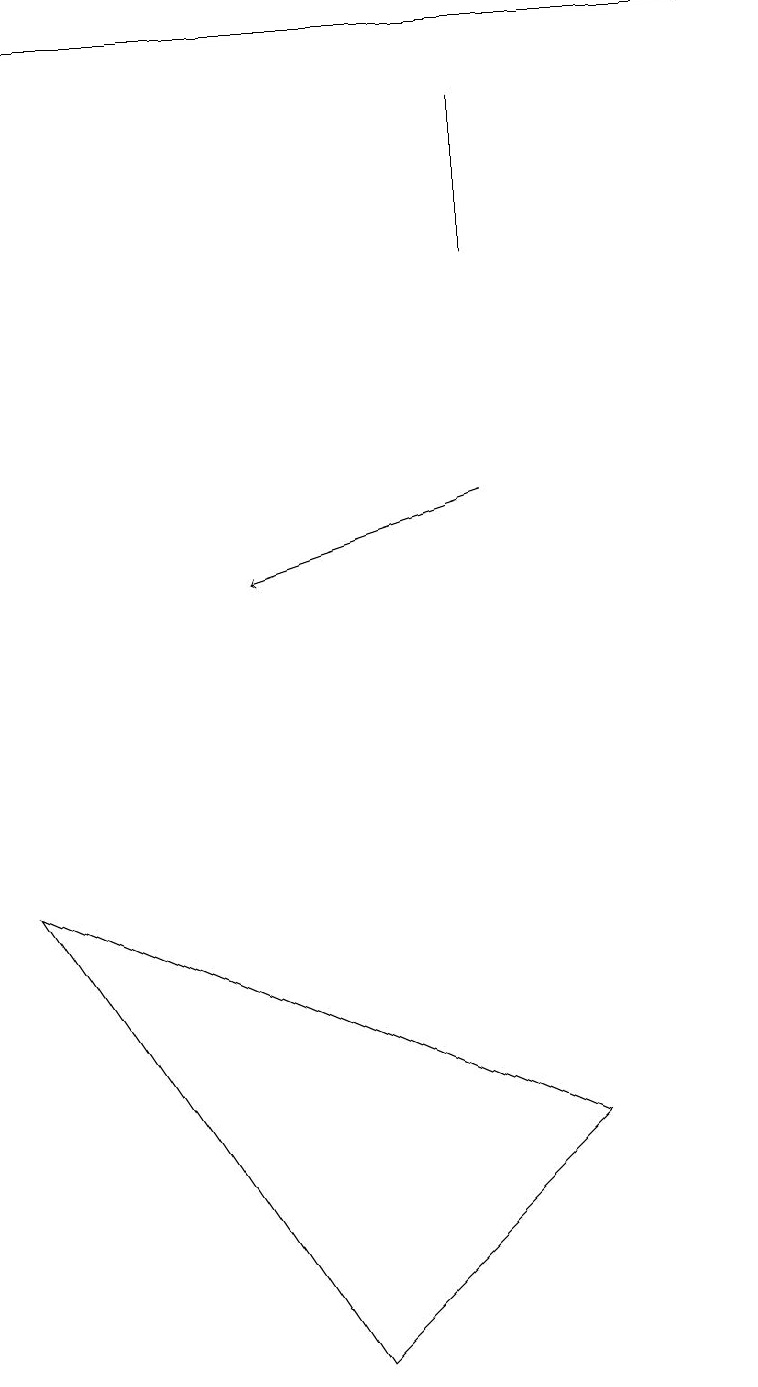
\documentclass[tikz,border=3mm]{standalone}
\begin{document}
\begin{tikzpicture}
\draw (6,18) rectangle (6,16);
\draw[->] (0,19) -- (9,19);
\draw (0,8) -- (7,5) -- (4,2) -- cycle;
\draw[->] (6,13) -- (3,12);
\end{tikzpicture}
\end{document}